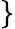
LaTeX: \left.\begin{array}{rl}\end{array}\right\}